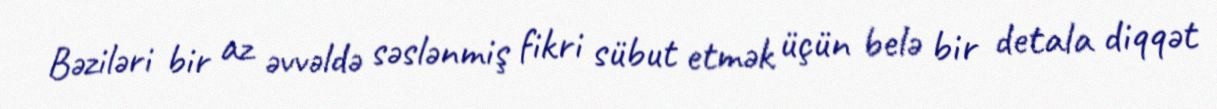
Bəziləri bir az əvvəldə səslənmiş fikri sübut etmək üçün belə bir detala diqqət